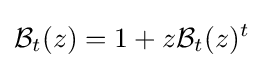
{\mathcal {B}}_{t}(z)=1+z{\mathcal {B}}_{t}(z)^{t}